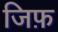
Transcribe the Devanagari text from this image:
जिफ़